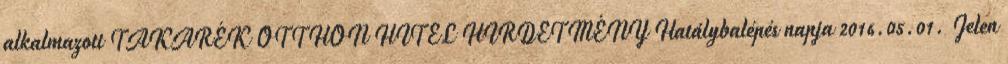
alkalmazott TAKARÉK OTTHON HITEL HIRDETMÉNY Hatálybalépés napja 2016.05.01. Jelen